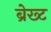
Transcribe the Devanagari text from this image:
ब्रेख्ट